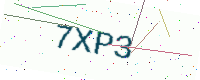
Text: 7XP3